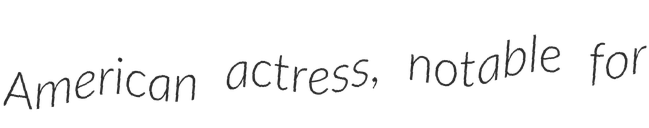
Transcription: American actress, notable for